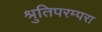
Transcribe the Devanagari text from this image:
श्रुतिपरम्परा